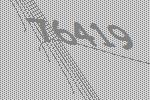
76419